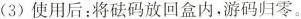
(3)使用后：将砝码放回盒内，游码归零。